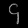
Digit: ၄